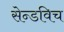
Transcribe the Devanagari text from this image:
सेन्डविच